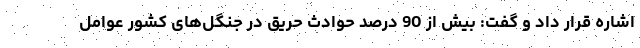
اشاره قرار داد و گفت: بیش از 90 درصد حوادث حریق در جنگل‌های کشور عوامل